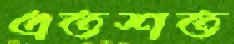
এতশত